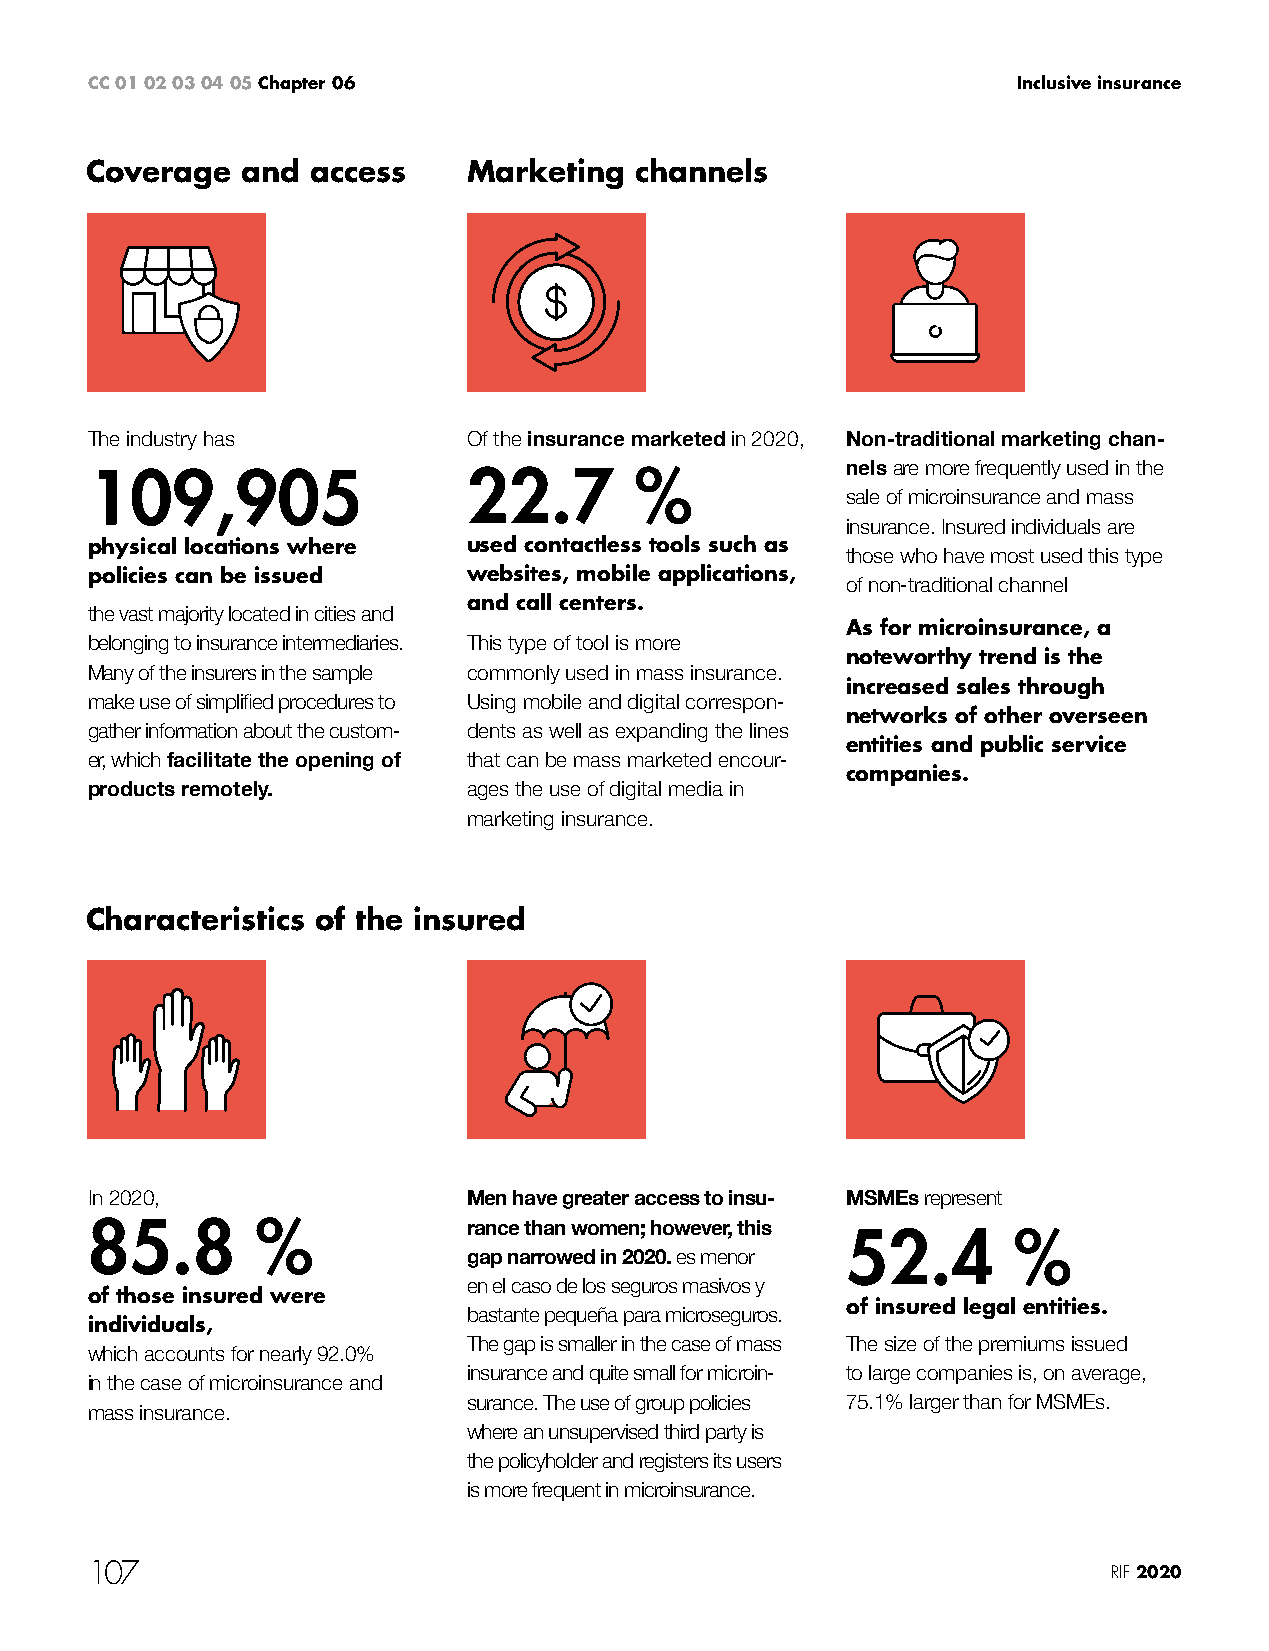
CC 01 02 03 04 05 Chapter 06                                 Inclusive insurance
 Coverage  and  access    Marketing  channels
 The industry has         Of the insurance marketed in 2020, Non-traditional marketing chan-
 109,905                  22.7       %             nels are more frequently used in the
 sale of microinsurance and mass
 insurance. Insured individuals are
 physical locations where used contactless tools such as
 those who have most used this type
 policies can be issued   websites, mobile applications,
 of non-traditional channel
 and call centers.
 the vast majority located in cities and
 As for microinsurance, a
 belonging to insurance intermediaries. This type of tool is more
 noteworthy trend is the
 Many of the insurers in the sample commonly used in mass insurance.
 increased sales through
 make use of simplified procedures to Using mobile and digital correspon-
 networks of other overseen
 gather information about the custom- dents as well as expanding the lines
 entities and public service
 er, which facilitate the opening of that can be mass marketed encour-
 companies.
 products remotely.       ages the use of digital media in
 marketing insurance.
 Characteristics of the insured
 In 2020,                 Men have greater access to insu- MSMEs represent
 85.8       %             rance than women; however, this
 52.4       %
 gap narrowed in 2020. es menor
 en el caso de los seguros masivos y
 of those insured were
 of insured legal entities.
 bastante pequeña para microseguros.
 individuals,
 The gap is smaller in the case of mass The size of the premiums issued
 which accounts for nearly 92.0%
 insurance and quite small for microin- to large companies is, on average,
 in the case of microinsurance and
 surance. The use of group policies 75.1% larger than for MSMEs.
 mass insurance.
 where an unsupervised third party is
 the policyholder and registers its users
 is more frequent in microinsurance.
 107                                                                 RIF 2020